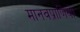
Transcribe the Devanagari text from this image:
मानवप्राणियों